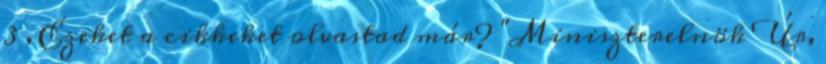
3 , Ezeket a cikkeket olvastad már? "Miniszterelnök Úr,